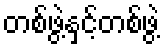
တစ်ဖွဲ့နှင့်တစ်ဖွဲ့